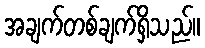
အချက်တစ်ချက်ရှိသည်။